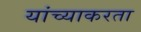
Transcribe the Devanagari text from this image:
यांच्याकरता